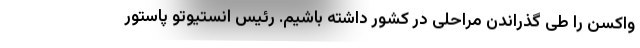
واکسن را طی گذراندن مراحلی در کشور داشته باشیم. رئیس انستیوتو پاستور